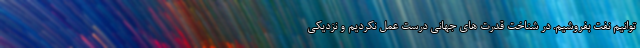
توانیم نفت بفروشیم. در شناخت قدرت هاي جهاني درست عمل نكرديم و نزديكي